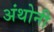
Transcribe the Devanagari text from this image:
अंथोनी